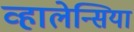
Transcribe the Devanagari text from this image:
व्हालेन्सिया